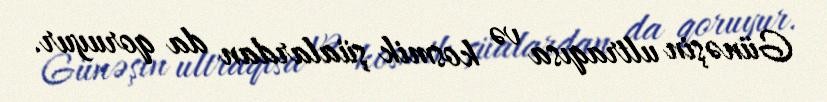
Günəşin ultraqısa və kosmik şüalardan da qoruyur.